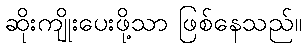
ဆိုးကျိုးပေးဖို့သာ ဖြစ်နေသည်။